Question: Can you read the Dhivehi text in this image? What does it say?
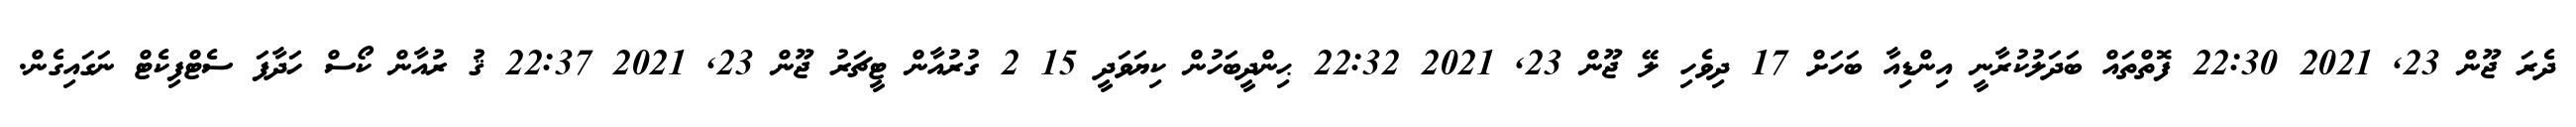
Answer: ދެރަ ޖޫން 23, 2021 22:30 ފޮތްތައް ބަދަލުކުރާނީ އިންޑިއާ ބަހަށް 17 ދިވެހި ލޭ ޖޫން 23, 2021 22:32 ޙިންދީބަހުން ކިޔަވަދީ 15 2 ގުރުއާން ޓީޗަރު ޖޫން 23, 2021 22:37 ޤު ރުއާން ކޯސް ހަދާފަ ސެޓްފިކެޓް ނަގައިގެން.